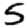
Digit: 5